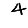
Digit: 4